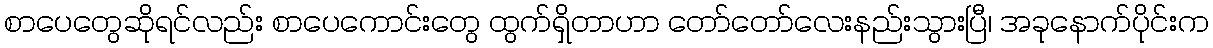
စာပေတွေဆိုရင်လည်း စာပေကောင်းတွေ ထွက်ရှိတာဟာ တော်တော်လေးနည်းသွားပြီ၊ အခုနောက်ပိုင်းက